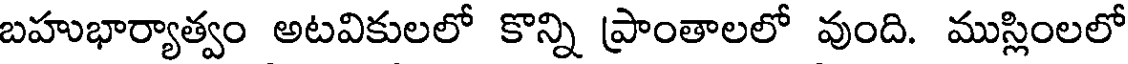
బహుభార్యాత్వం అటవికులలో కొన్ని ప్రాంతాలలో వుంది. ముస్లింలలో